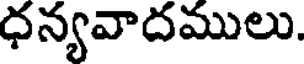
ధన్యవాదములు.